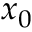
x _ { 0 }